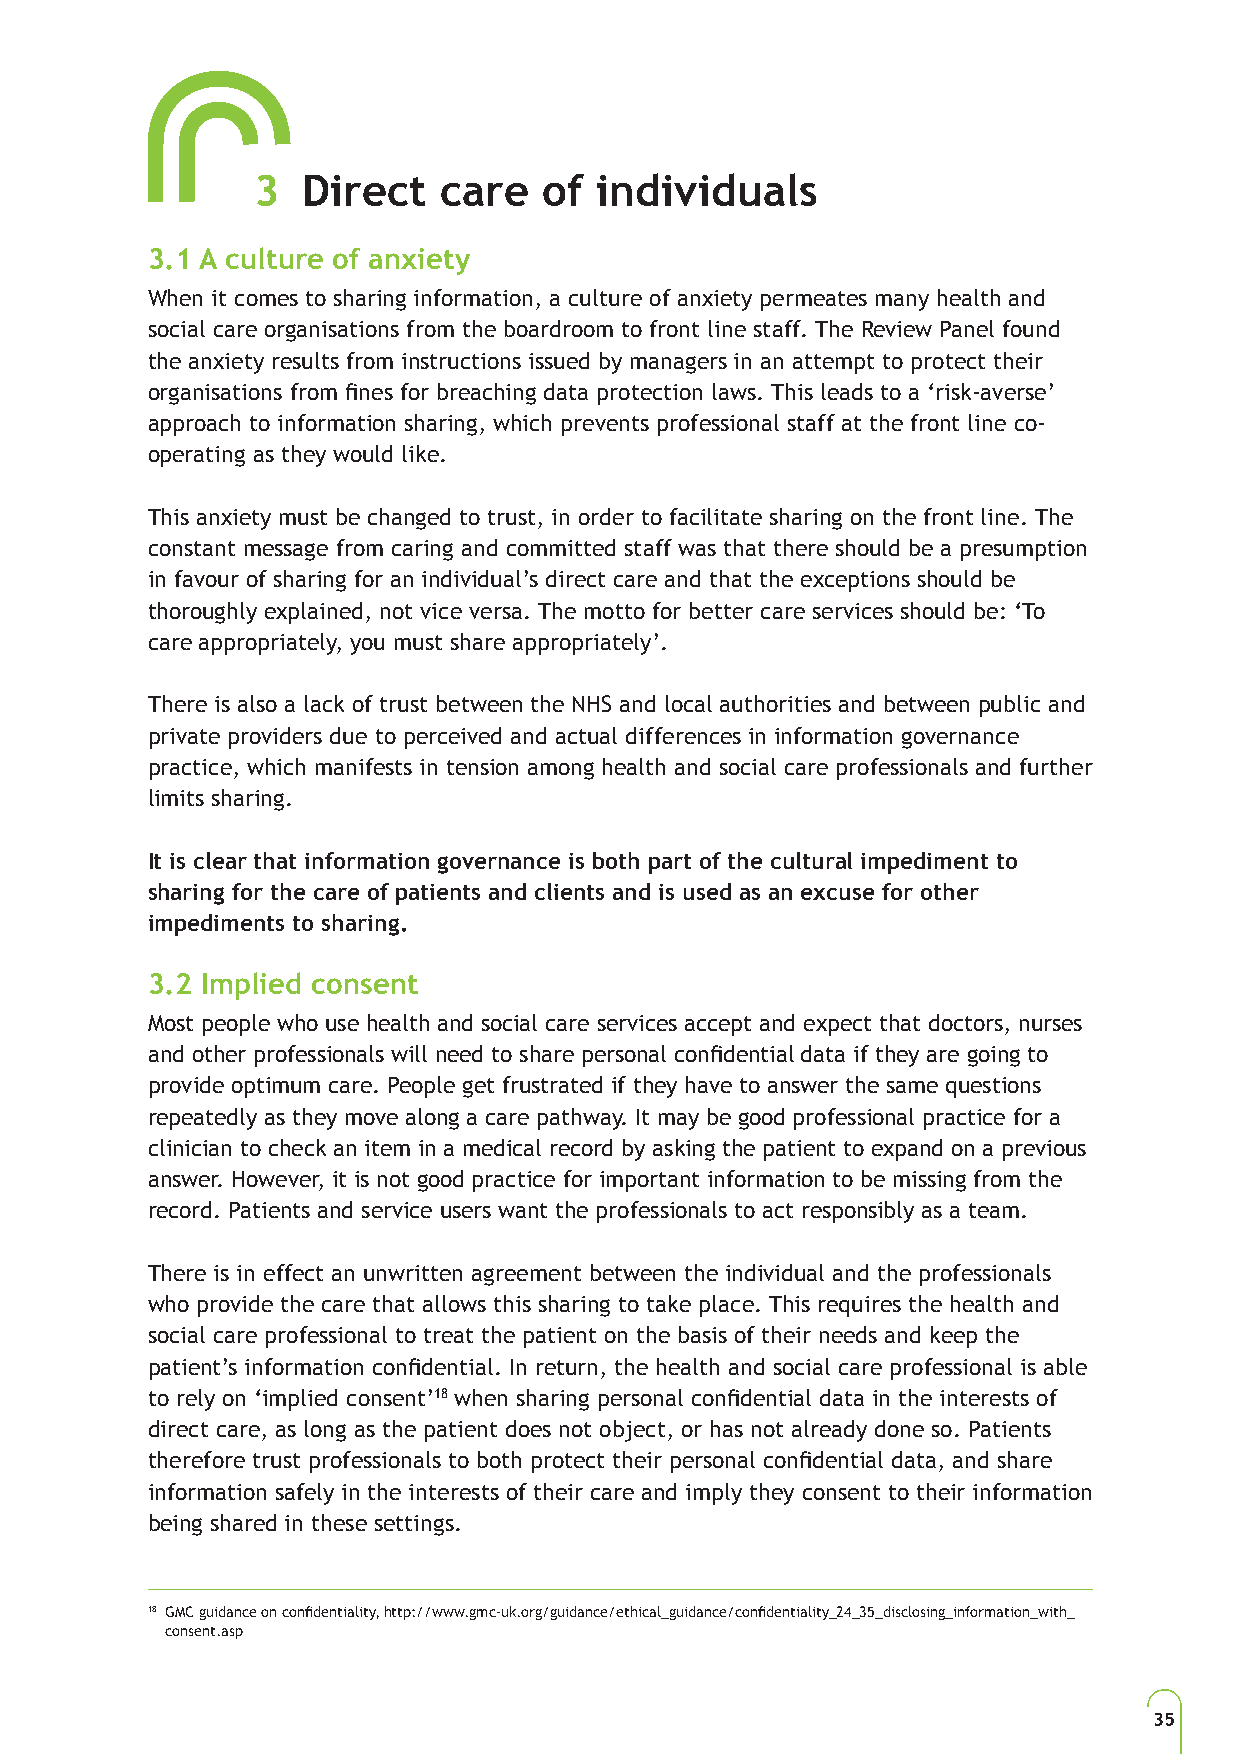
3  Direct   care   of individuals
 3.1 A culture of anxiety
 When it comes to sharing information, a culture of anxiety permeates many health and
 social care organisations from the boardroom to front line staff. The Review Panel found
 the anxiety results from instructions issued by managers in an attempt to protect their
 organisations from fines for breaching data protection laws. This leads to a ‘risk-averse’
 approach to information sharing, which prevents professional staff at the front line co-
 operating as they would like.
 This anxiety must be changed to trust, in order to facilitate sharing on the front line. The
 constant message from caring and committed staff was that there should be a presumption
 in favour of sharing for an individual’s direct care and that the exceptions should be
 thoroughly explained, not vice versa. The motto for better care services should be: ‘To
 care appropriately, you must share appropriately’.
 There is also a lack of trust between the NHS and local authorities and between public and
 private providers due to perceived and actual differences in information governance
 practice, which manifests in tension among health and social care professionals and further
 limits sharing.
 It is clear that information governance is both part of the cultural impediment to
 sharing for the care of patients and clients and is used as an excuse for other
 impediments to sharing.
 3.2 Implied consent
 Most people who use health and social care services accept and expect that doctors, nurses
 and other professionals will need to share personal confidential data if they are going to
 provide optimum care. People get frustrated if they have to answer the same questions
 repeatedly as they move along a care pathway. It may be good professional practice for a
 clinician to check an item in a medical record by asking the patient to expand on a previous
 answer. However, it is not good practice for important information to be missing from the
 record. Patients and service users want the professionals to act responsibly as a team.
 There is in effect an unwritten agreement between the individual and the professionals
 who provide the care that allows this sharing to take place. This requires the health and
 social care professional to treat the patient on the basis of their needs and keep the
 patient’s information confidential. In return, the health and social care professional is able
 to rely on ‘implied consent’18 when sharing personal confidential data in the interests of
 direct care, as long as the patient does not object, or has not already done so. Patients
 therefore trust professionals to both protect their personal confidential data, and share
 information safely in the interests of their care and imply they consent to their information
 being shared in these settings.
 18 GMC guidance on confidentiality, http://www.gmc-uk.org/guidance/ethical_guidance/confidentiality_24_35_disclosing_information_with_
 consent.asp
 35